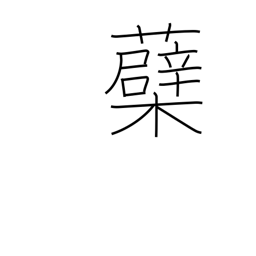
Meaning: sprout